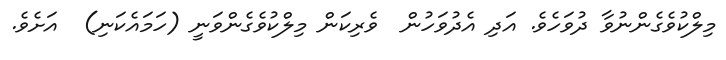
މިލްކުވެގެންނުވާ ދުވަހެވެ. އަދި އެދުވަހުން  ވެރިކަން މިލްކުވެގެންވަނީ (ހަމައެކަނި)  އަށެވެ.